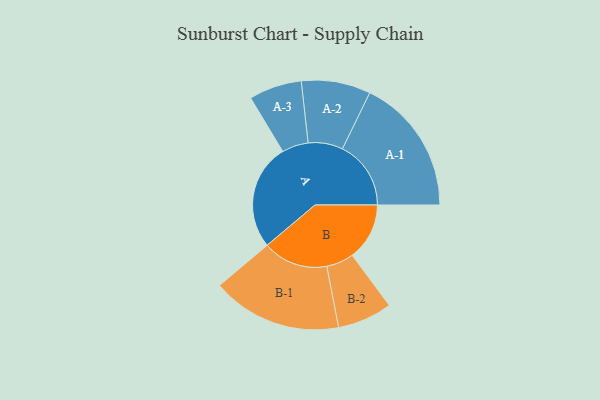
{"axis": {"x": "Segment", "y": "Value"}, "legend": ["", "A", "B"], "data": [{"x": "A", "y": 441, "type": ""}, {"x": "B", "y": 238, "type": ""}, {"x": "A-1", "y": 285, "type": "A"}, {"x": "A-2", "y": 144, "type": "A"}, {"x": "A-3", "y": 110, "type": "A"}, {"x": "B-1", "y": 271, "type": "B"}, {"x": "B-2", "y": 114, "type": "B"}]}